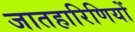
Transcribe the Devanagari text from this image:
जातहारिणियों